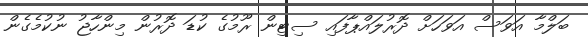
ބަލްމާ އަވަސް އަވަހަށް ދޮރުލައްޕާފައި ސިޓިން ރޫމުގެ ކުޑަ ދޮރުން މިންހާޖު ނުކުމެގެން